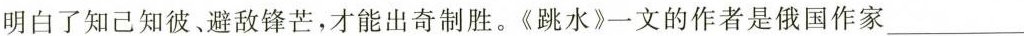
明白了知已知彼、避敌锋芒，才能出奇制胜。《跳水》一文的作者是俄国作家___